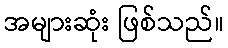
အများဆုံး ဖြစ်သည်။